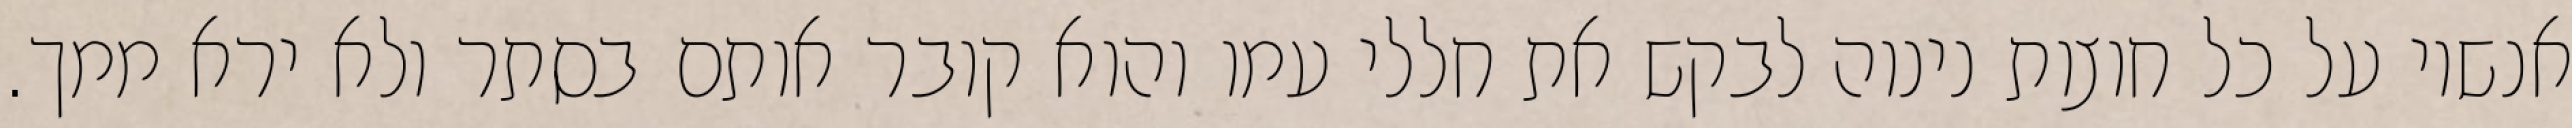
אנשיו על כל חוצות נינוה לבקש את חללי עמו והוא קובר אותם בסתר ולא ירא ממך.